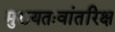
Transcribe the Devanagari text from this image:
मुख्‍यतःवांतरिक्ष